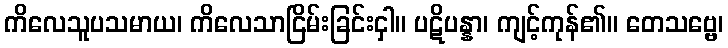
ကိလေသူပသမာယ၊ ကိလေသာငြိမ်းခြင်းငှါ။ ပဋိပန္နာ၊ ကျင့်ကုန်၏။ တေသဗ္ဗေ၊